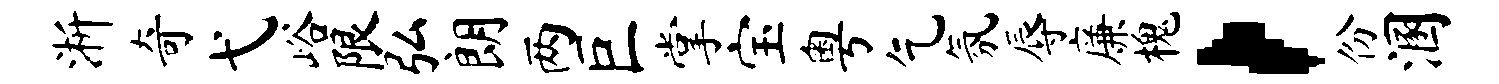
淅奇弋峪限弘朗两巨掌宝粤乞氛辱廉槐，份溷